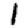
Digit: 1